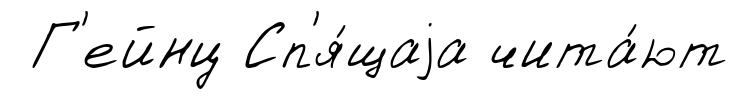
Г'ейнц Сп'я́щаjа чита́ют